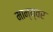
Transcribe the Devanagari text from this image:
मान्य्वर